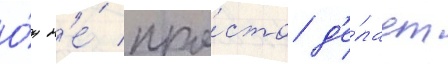
О́н н'е́ про́сто д'е́лает